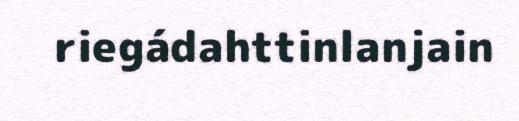
riegádahttinlanjain